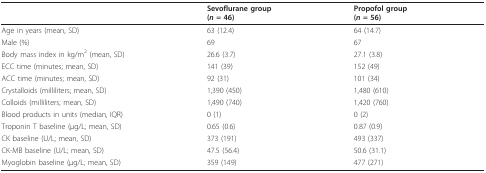
<table><thead><tr><td></td><td><b>Sevoflurane group(<i>n </i>= 46)</b></td><td><b>Propofol group(<i>n </i>= 56)</b></td></tr></thead><tbody><tr><td>Age in years (mean, SD)</td><td>63 (12.4)</td><td>64 (14.7)</td></tr><tr><td>Male (%)</td><td>69</td><td>67</td></tr><tr><td>Body mass index in kg/m<sup>2 </sup>(mean, SD)</td><td>26.6 (3.7)</td><td>27.1 (3.8)</td></tr><tr><td>ECC time (minutes; mean, SD)</td><td>141 (39)</td><td>152 (49)</td></tr><tr><td>ACC time (minutes; mean, SD)</td><td>92 (31)</td><td>101 (34)</td></tr><tr><td>Crystalloids (milliliters; mean, SD)</td><td>1,390 (450)</td><td>1,480 (610)</td></tr><tr><td>Colloids (milliliters; mean, SD)</td><td>1,490 (740)</td><td>1,420 (760)</td></tr><tr><td>Blood products in units (median, IQR)</td><td>0 (1)</td><td>0 (2)</td></tr><tr><td>Troponin T baseline (μg/L; mean, SD)</td><td>0.65 (0.6)</td><td>0.87 (0.9)</td></tr><tr><td>CK baseline (U/L; mean, SD)</td><td>373 (191)</td><td>493 (337)</td></tr><tr><td>CK-MB baseline (U/L; mean, SD)</td><td>47.5 (56.4)</td><td>50.6 (31.1)</td></tr><tr><td>Myoglobin baseline (μg/L; mean, SD)</td><td>359 (149)</td><td>477 (271)</td></tr></tbody></table>